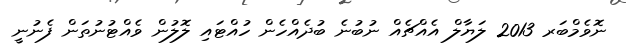
ނޮވެމްބަރ 2013 ލަޔާލް އެއްޗެއް ނުބުނެ ބުދެއްހެން ހުއްޓައި ލޮލުން ވެއްޓުނުތަން ފެނުނީ